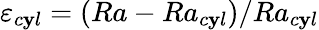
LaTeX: \varepsilon_{c\mathbf{y}l}=(Ra-Ra_{c\mathbf{y}l})/Ra_{c\mathbf{y}l}